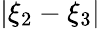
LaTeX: |\xi_{2}-\xi_{3}|